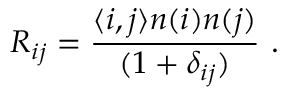
R _ { i j } = { \frac { \langle i , j \rangle n ( i ) n ( j ) } { ( 1 + \delta _ { i j } ) } } ~ .